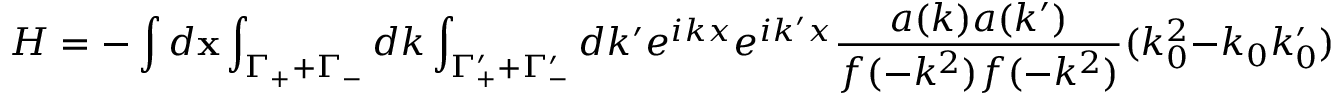
H = - \int d { \bf x } \int _ { \Gamma _ { + } + \Gamma _ { - } } d k \int _ { \Gamma _ { + } ^ { \prime } + \Gamma _ { - } ^ { \prime } } d k ^ { \prime } e ^ { i k x } e ^ { i k ^ { \prime } x } \frac { a ( k ) a ( k ^ { \prime } ) } { f ( - k ^ { 2 } ) f ( - k ^ { 2 } ) } ( k _ { 0 } ^ { 2 } - k _ { 0 } k _ { 0 } ^ { \prime } ) \frac { f ( - k ^ { 2 } ) - f ( - k ^ { 2 } ) } { k ^ { 2 } - k ^ { 2 } }